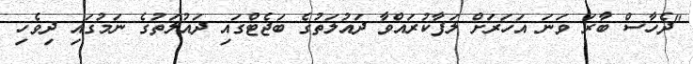
"ދެހާސް ބާރަ ވަނަ އަހަރަށް ލަފާކުރައްވާ ދައުލަތުގެ ބަޖެޓްގައި ދައުލަތުގެ ނަމުގައި ދިވެހި